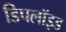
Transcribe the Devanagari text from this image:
डिपलॉइड